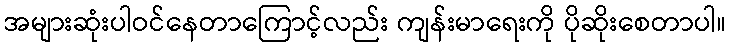
အများဆုံးပါဝင်နေတာကြောင့်လည်း ကျန်းမာရေးကို ပိုဆိုးစေတာပါ။